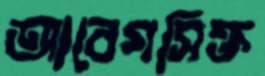
আবেগসিক্ত